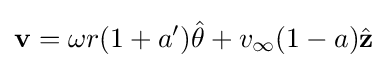
\mathbf {v} =\omega r(1+a'){\hat {\mathbf {\theta } }}+v_{\infty }(1-a){\hat {\mathbf {z} }}